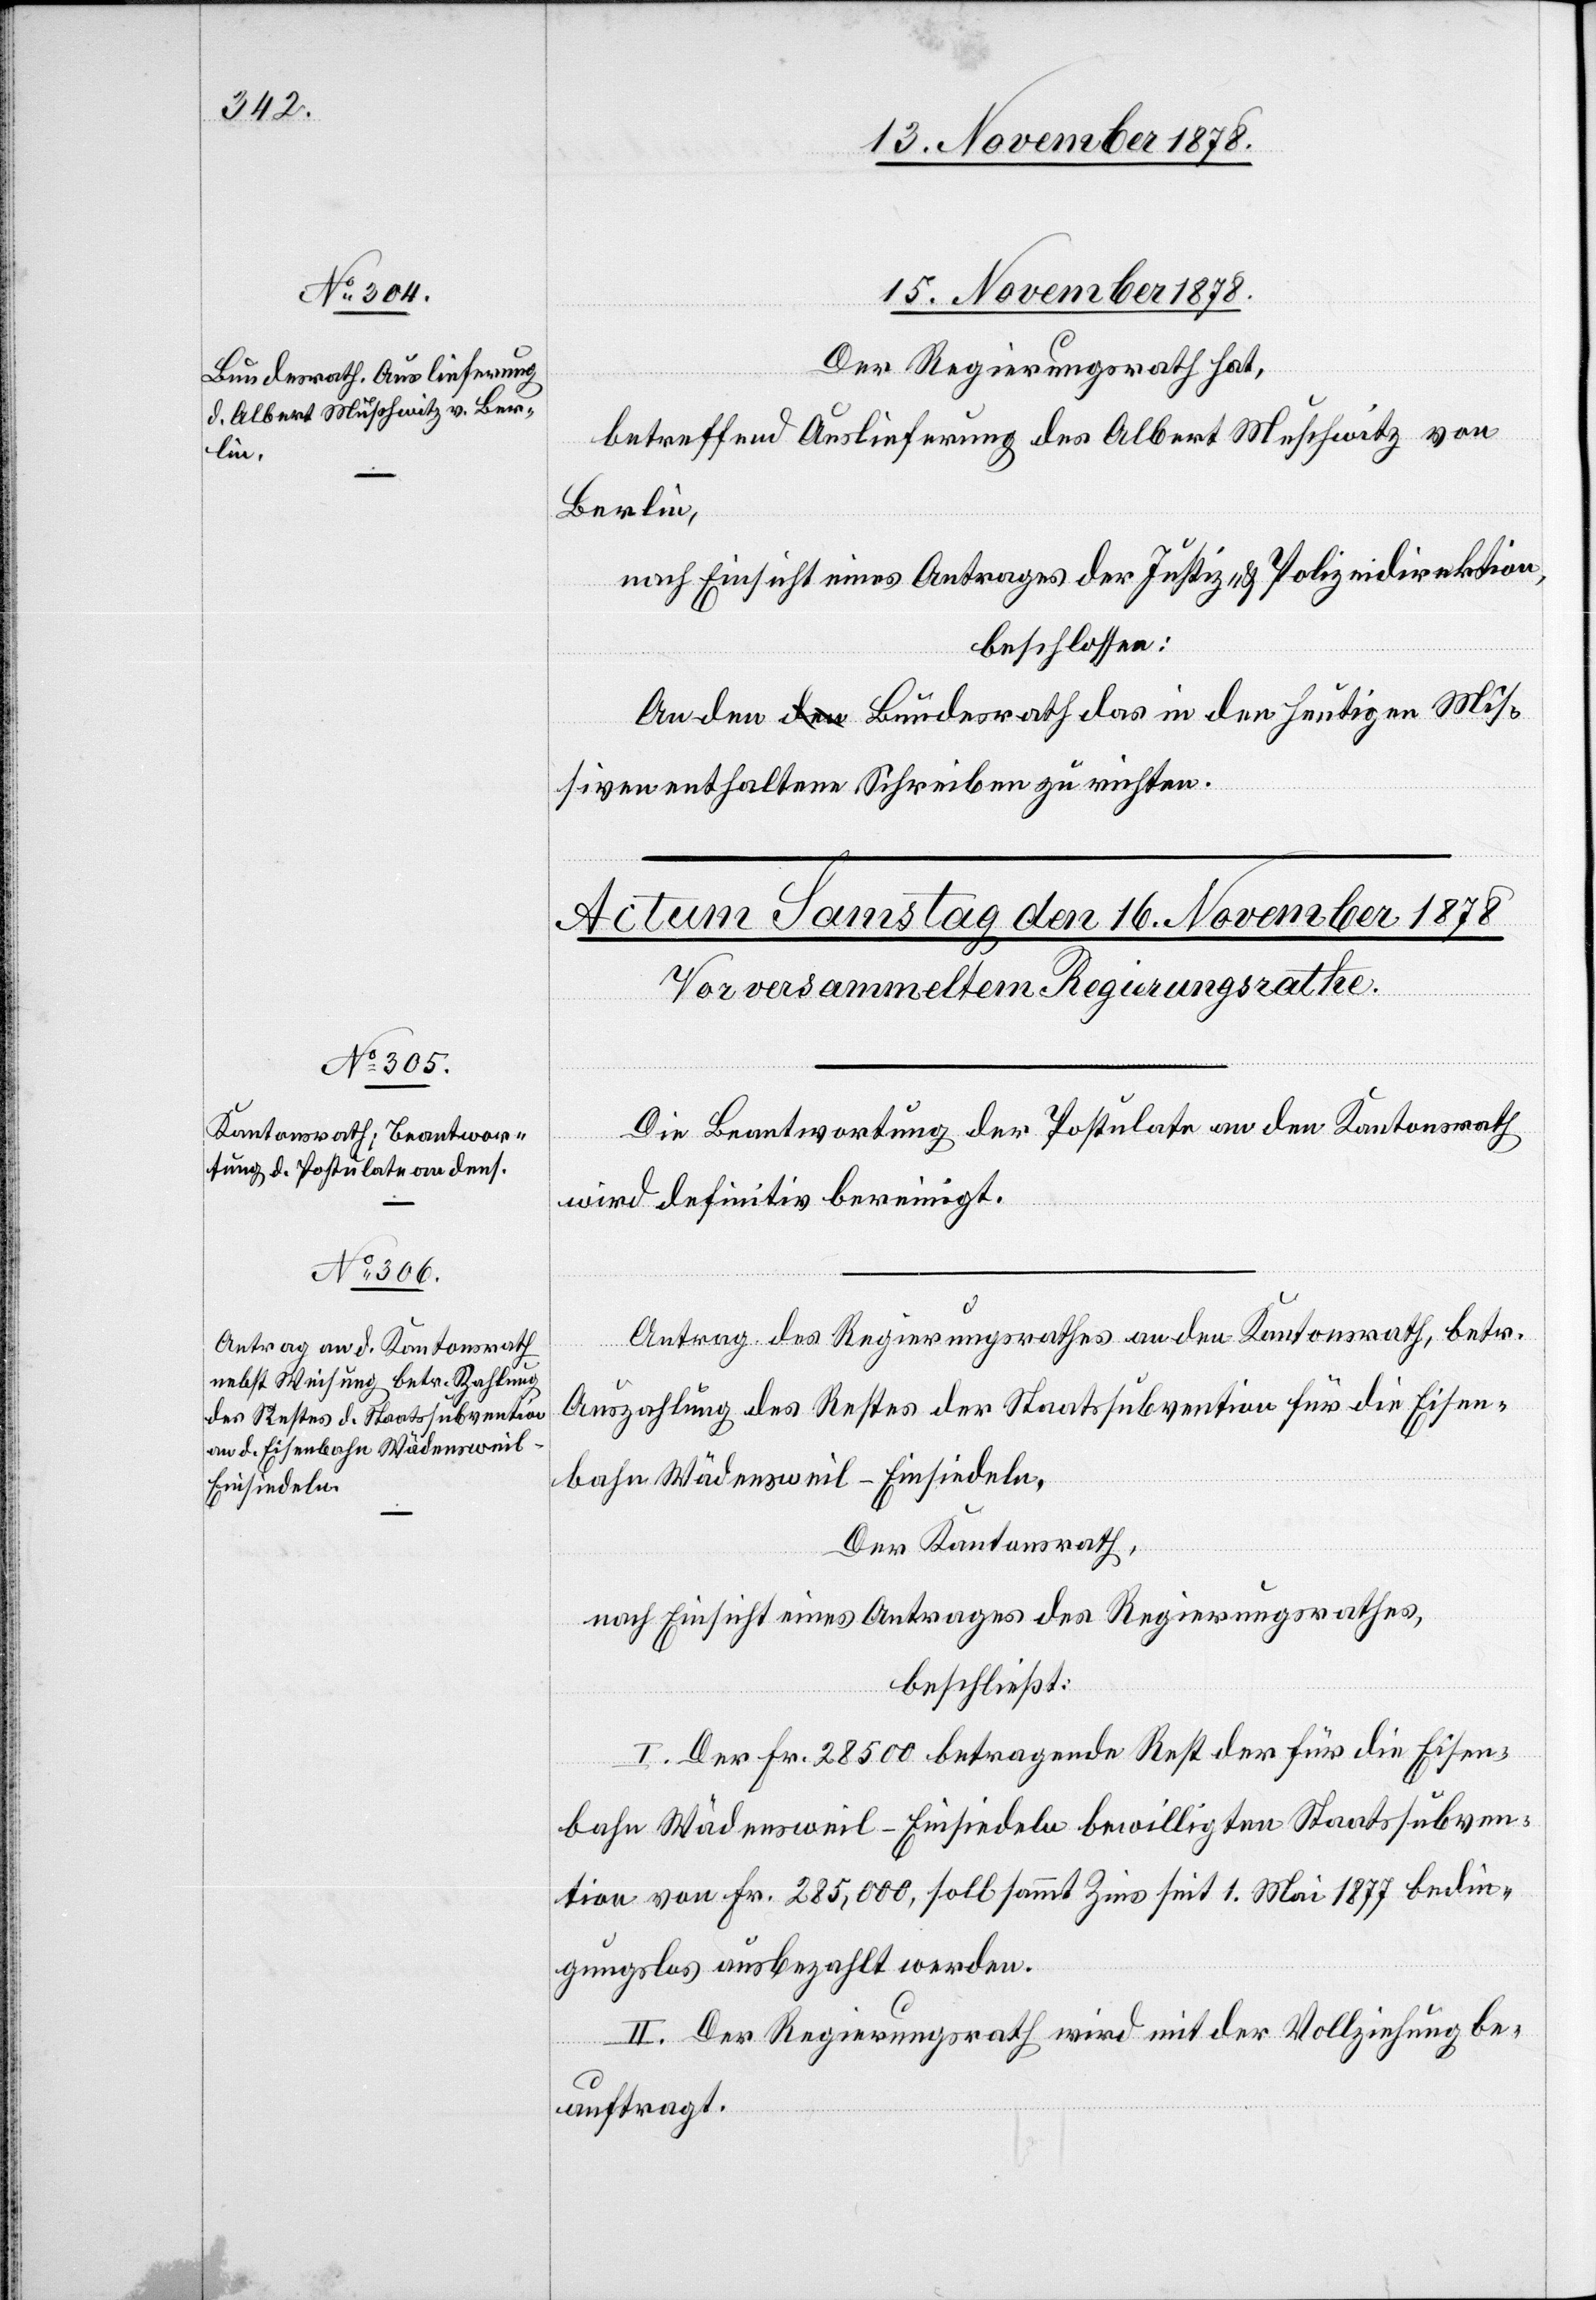
15. November 1878.
Der Regierungsrath hat,
betreffend Auslieferung des Albert Muschwitz von
Berlin,
nach Einsicht eines Antrages der Justiz- & Polizeidirektion,
beschlossen:
An den Bundesrath das in den heutigen Mis¬
siven enthaltene Schreiben zu richten.
Die Beantwortung der Postulate an den Kantonsrath
wird definitiv bereinigt.
Antrag des Regierungsrathes an den Kantonsrath, betr.
Auszahlung des Restes der Staatssubvention für die Eisen¬
bahn Wädensweil–Einsiedeln.
Der Kantonsrath,
nach Einsicht eines Antrages des Regierungsrathes,
beschließt:
I. Der Fr. 28500 betragende Rest der für die Eisen¬
bahn Wädensweil–Einsiedeln bewilligten Staatssubven¬
tion von Fr. 285,000, soll sammt Zins seit 1. Mai 1877 bedin¬
gungslos ausbezahlt werden.
II. Der Regierungsrath wird mit der Vollziehung be¬
auftragt.